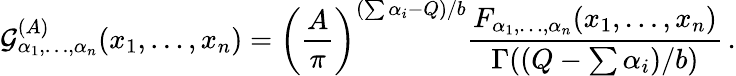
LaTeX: {\cal G}_{\alpha_{1},\ldots,\alpha_{n}}^{(A)}(x_{1},\ldots,x_{n})=\left({\frac{A}{\pi}}\right)^{(\sum\alpha_{i}-Q)/b}{\frac{F_{\alpha_{1},\ldots,\alpha_{n}}(x_{1},\ldots,x_{n})}{\Gamma((Q-\sum\alpha_{i})/b)}}\, .